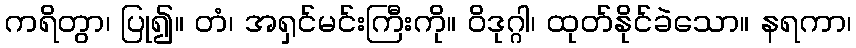
ကရိတွာ၊ ပြု၍။ တံ၊ အရှင်မင်းကြီးကို။ ဝိဒုဂ္ဂါ၊ ထုတ်နိုင်ခဲသော။ နရကာ၊